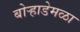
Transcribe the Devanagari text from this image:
बोऱ्हाडेमळा